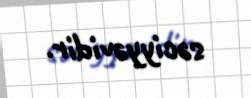
səciyyəvidir.